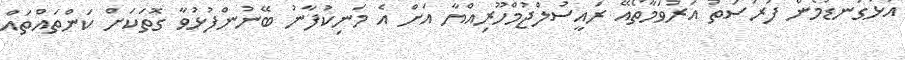
އަޅުގަނޑުމެން ފުރުސަތު އަރުވަމާތޯއޭ ރައީސުލްޖުމްހޫރިއްޔާ އަށް އެ މަނިކުފާނު ބޭނުންފުޅުވާ ގޮތަކަށް ކަންތައްތައް